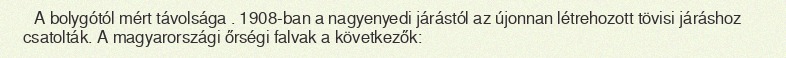
A bolygótól mért távolsága . 1908-ban a nagyenyedi járástól az újonnan létrehozott tövisi járáshoz csatolták. A magyarországi őrségi falvak a következők: